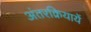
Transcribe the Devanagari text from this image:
अंतरक्रियायें